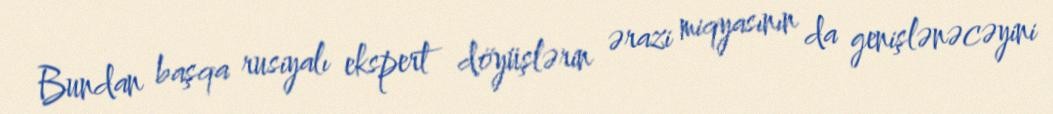
Bundan başqa rusiyalı ekspert döyüşlərin ərazi miqyasının da genişlənəcəyini